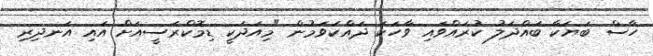
ހާސް ބަޔަކާ ބައްދަލު ކުރައްވައި ވާހަކަ ދައްކަވަމުން "މިއަދަކީ ޑިމޮކްރަސީއަށް އައި އަނދިރި